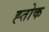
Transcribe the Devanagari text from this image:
ह्तोक